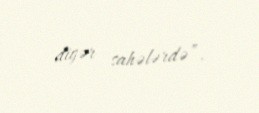
digər sahələrdə”.